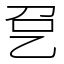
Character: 㐒